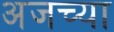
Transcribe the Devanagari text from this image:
अजच्या